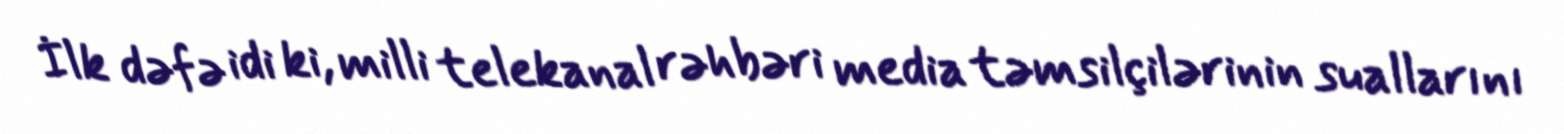
İlk dəfə idi ki, milli telekanal rəhbəri media təmsilçilərinin suallarını